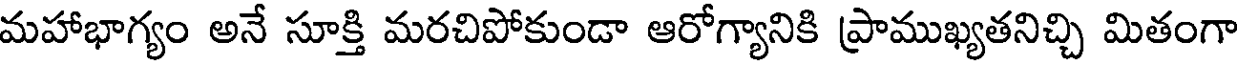
మహాభాగ్యం అనే సూక్తి మరచిపోకుండా ఆరోగ్యానికి ప్రాముఖ్యతనిచ్చి మితంగా